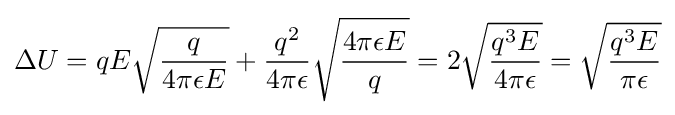
\Delta U=qE{\sqrt {\frac {q}{4\pi \epsilon E}}}+{\frac {q^{2}}{4\pi \epsilon }}{\sqrt {\frac {4\pi \epsilon E}{q}}}=2{\sqrt {\frac {q^{3}E}{4\pi \epsilon }}}={\sqrt {\frac {q^{3}E}{\pi \epsilon }}}